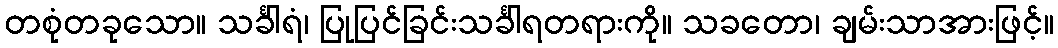
တစုံတခုသော။ သင်္ခါရံ၊ ပြုပြင်ခြင်းသင်္ခါရတရားကို။ သခတော၊ ချမ်းသာအားဖြင့်။